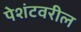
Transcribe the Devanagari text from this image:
पेशंटवरील